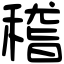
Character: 稽